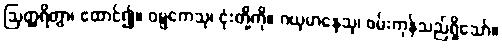
ဩတ္ထရိတွာ၊ ထောင်၍။ ဝဋ္ဋကေသု၊ ငုံးတို့ကို။ ဂယှမာနေသု၊ ဖမ်းကုန်သည်ရှိသော်။